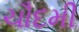
ચૌદમી